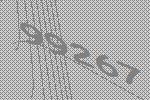
99267